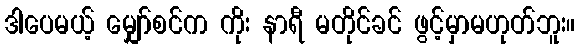
ဒါပေမယ့် မျှော်စင်က ကိုး နာရီ မတိုင်ခင် ဖွင့်မှာမဟုတ်ဘူး။